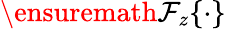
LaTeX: \ensuremath{\mathcal{F}}_{z}\{ \cdot\}